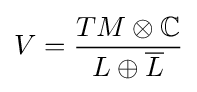
V={\frac {TM\otimes \mathbb {C} }{L\oplus {\overline {L}}}}